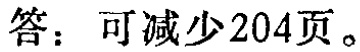
答：可减少204页。